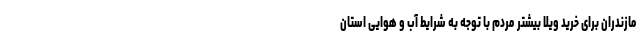
مازندران برای خرید ویلا بیشتر مردم با توجه به شرایط آب و هوایی استان